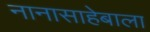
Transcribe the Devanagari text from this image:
नानासाहेबाला